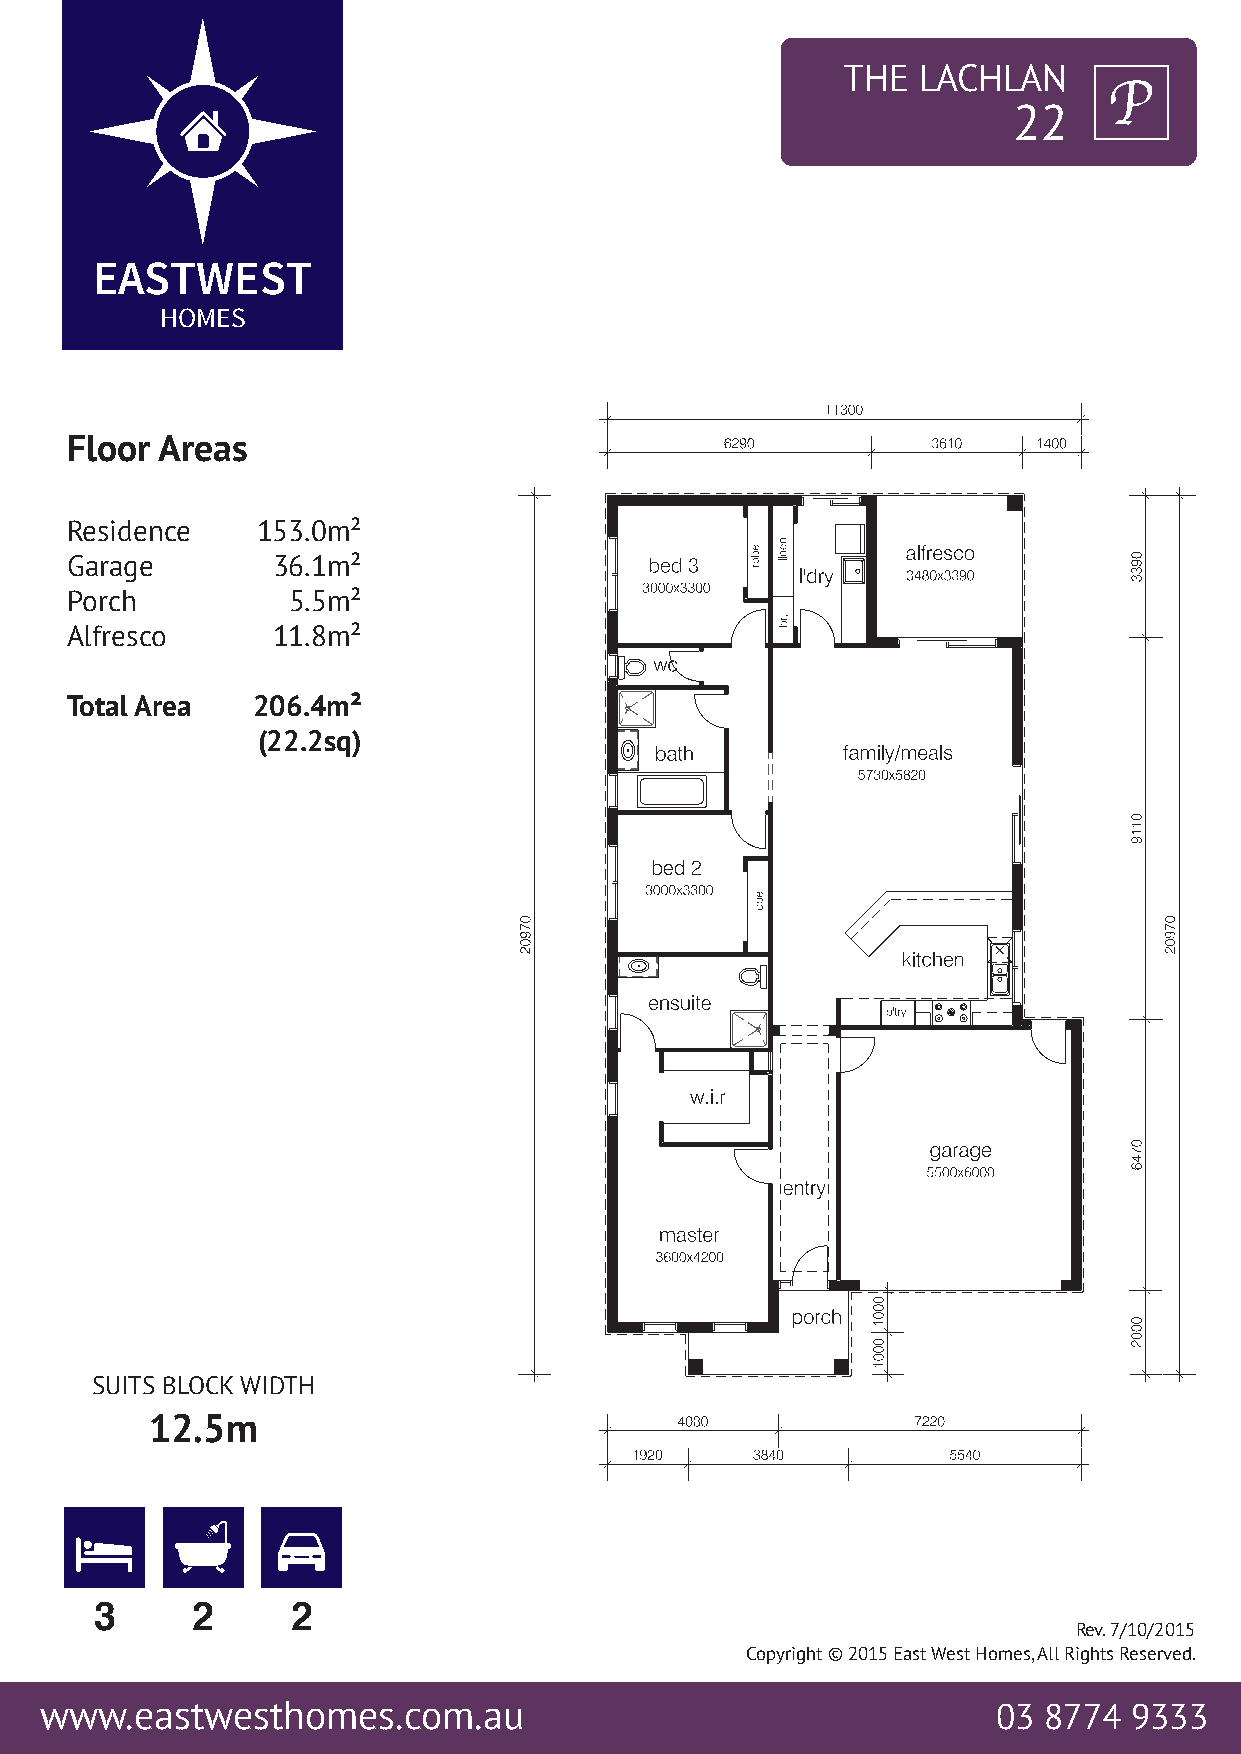
THE  LACHLAN
 22
 EASTWEST
 HOMES
 Floor Areas
 Residence    153.0m²
 Garage        36.1m²
 Porch          5.5m²
 Alfresco      11.8m²
 Total Area   206.4m²
 (22.2sq)
 SUITS BLOCK WIDTH
 12.5m
 3      2     2
 Rev. 7/10/2015
 Copyright © 2015 East West Homes, All Rights Reserved.
 www.eastwesthomes.com.au                                       03 8774  9333